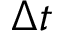
\Delta t